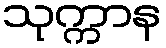
သုက္ကာန